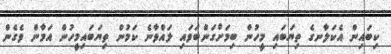
ކިބައިން އެކަލާނގެ ތިޔަބައި މީހުން ބިމަށްގަންބަވައި ލައްވާނެ ކަމުން ތިޔަބައިމީހުން އަމާން ވެގެން